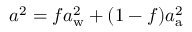
a ^ { 2 } = f a _ { \mathrm { w } } ^ { 2 } + ( 1 - f ) a _ { \mathrm { a } } ^ { 2 }